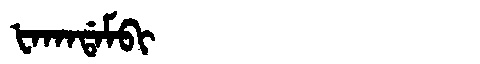
Manchu: ᡶᠠᡴᠠᡩᠠᠮᠪᡳ
Romanization: FAKADAMBI